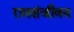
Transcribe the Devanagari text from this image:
रामसंजीवन